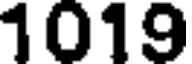
1019